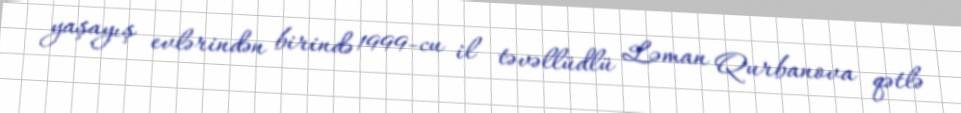
yaşayış evlərindən birində 1999-cu il təvəllüdlü Ləman Qurbanova qətlə